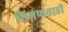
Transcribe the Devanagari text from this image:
शिगणवाडी